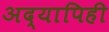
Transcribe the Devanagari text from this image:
अद्यापिही